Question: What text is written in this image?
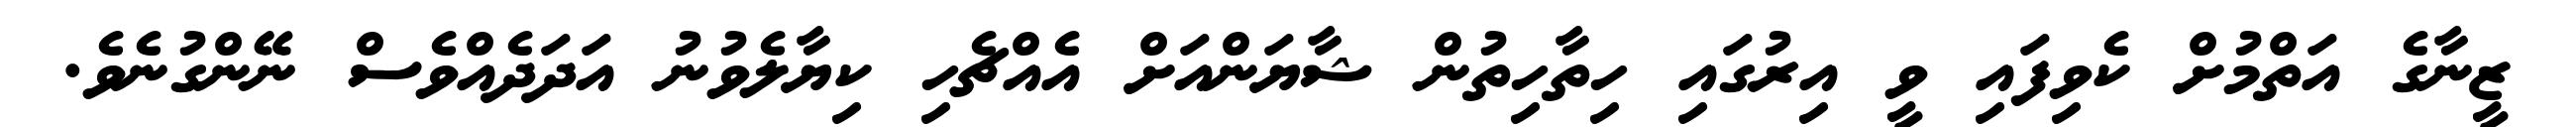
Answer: ޒީނާގެ އަތްމުށް ކެވިފައި ވީ އިރުގައި ހިތާހިތުން ޝާޔަންއަށް އެއްޗެހި ކިޔާލެވުނު އަދަދެއްވެސް ނޭންގުނެވެ.